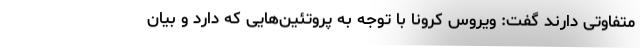
متفاوتی دارند گفت: ویروس کرونا با توجه به پروتئین‌هایی که دارد و بیان